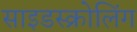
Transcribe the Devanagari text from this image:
साइडस्क्रोलिंग